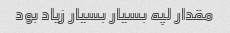
مقدار لپه بسیار بسیار زیاد بود